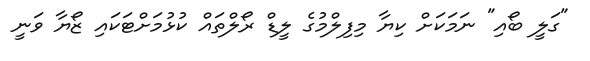
"ގަލީ ބޯއި" ނަމަކަށް ކިޔާ މިފިލްމުގެ ލީޑް ރޯލްތައް ކުޅުމަށްޓަކައި ޒޯޔާ ވަނީ